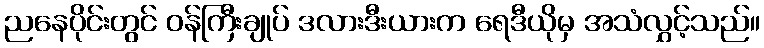
ညနေပိုင်းတွင် ဝန်ကြီးချုပ် ဒလားဒီးယားက ရေဒီယိုမှ အသံလွှင့်သည်။